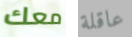
معك عاقلة